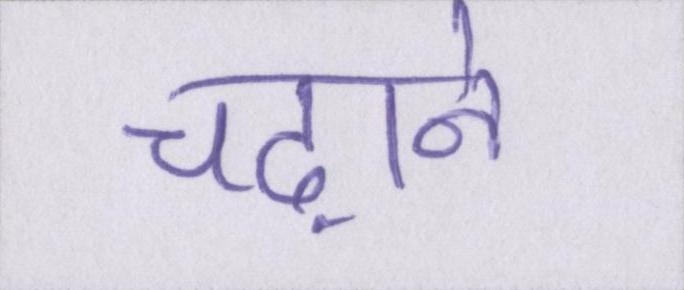
चढ़ाने